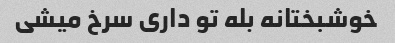
خوشبختانه بله تو داری سرخ میشی